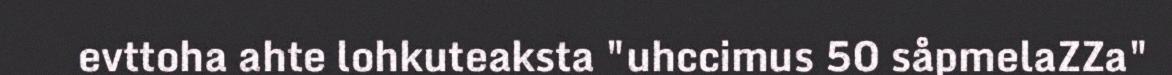
evttoha ahte lohkuteaksta "uhccimus 50 såpmelaZZa"